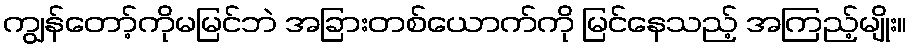
ကျွန်တော့်ကိုမမြင်ဘဲ အခြားတစ်ယောက်ကို မြင်နေသည့် အကြည့်မျိုး။